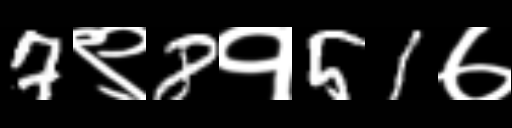
Text: 7९8१51७